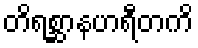
တိရစ္ဆာနဟရီတကိ